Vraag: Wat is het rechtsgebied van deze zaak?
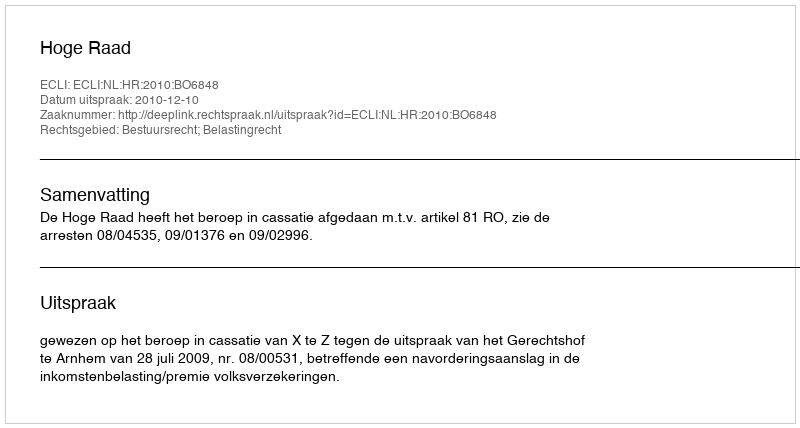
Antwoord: Bestuursrecht; Belastingrecht